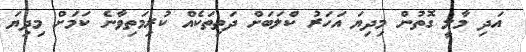
އަދި މާލީ ގޮތުން މިދިޔަ އަހަރު ކްލަބަށް ދަތިތަކެއް ކުރިމަތިވާނެ ކަމަށް މިދިޔަ